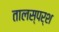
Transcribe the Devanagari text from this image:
तालस्पर्श